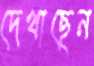
দেখাছেন